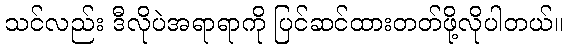
သင်လည်း ဒီလိုပဲအရာရာကို ပြင်ဆင်ထားတတ်ဖို့လိုပါတယ်။